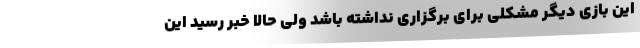
این بازی دیگر مشکلی برای برگزاری نداشته باشد ولی حالا خبر رسید این